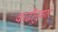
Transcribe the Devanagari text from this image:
वाढीनुसार